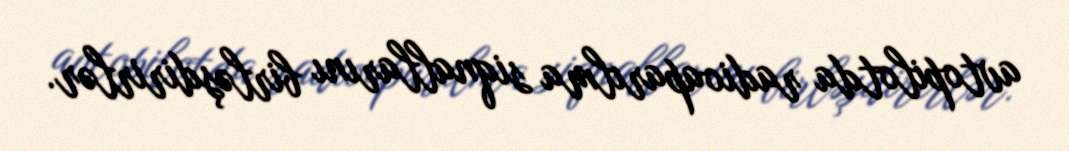
avtopilotda radioaparılma siqnallarını birləşdirirlər.